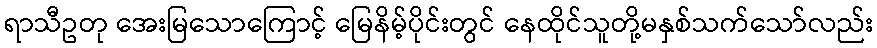
ရာသီဥတု အေးမြသောကြောင့် မြေနိမ့်ပိုင်းတွင် နေထိုင်သူတို့မနှစ်သက်သော်လည်း